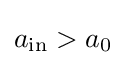
a_{\mathrm {in} }>a_{0}